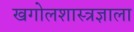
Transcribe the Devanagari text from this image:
खगोलशास्त्रज्ञाला